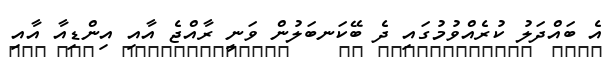
އެ ބައްދަލު ކުރެއްވުމުގައި ދެ ބޭކަނބަލުން ވަނީ ރާއްޖެ އާއި އިންޑިއާ އާއި